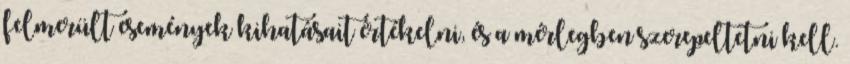
felmerült események kihatásait értékelni, és a mérlegben szerepeltetni kell.